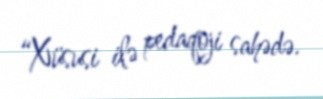
“Xüsusi ilə pedaqoji sahədə.